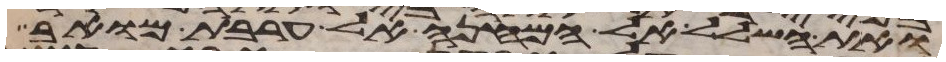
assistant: ואת השלל אל המחנה אל ערבת מואב